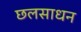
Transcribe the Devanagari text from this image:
छलसाधन